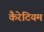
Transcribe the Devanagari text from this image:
कैरेटियम